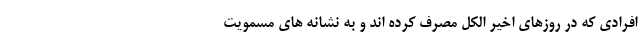
افرادی که در روزهای اخیر الکل مصرف کرده اند و به نشانه های مسمویت